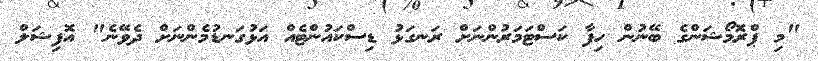
"މި ޕްރޮމޯޝަންގެ ބޭނުން ހިފާ ކަސްޓަމަރުންނަށް ރަނގަޅު ޑިސްކައުންޓެއް އަޅުގަނޑުމެންނަށް ދެވޭނެ" އޮފިޝަލް